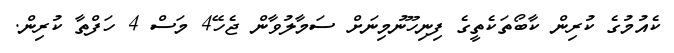
ކެއުމުގެ ކުރިން ކާބޯތަކެތީގެ ފިނިހޫނުމިނަށް ސަމާލުވާން ޖެހޭ4 މަސް 4 ހަފްތާ ކުރިން.